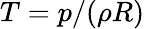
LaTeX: T=p/(\rho R)